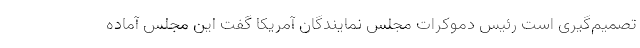
تصمیم‌گیری است رئیس ‌دموکرات مجلس نمایندگان آمریکا گفت این مجلس آماده